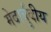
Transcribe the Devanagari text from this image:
मेदार्बुदीय